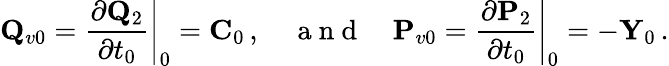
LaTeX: {\mathbf Q}_{v0}=\left.\frac{\partial{\mathbf Q}_{2}}{\partial t_{0}}\right|_{0}={\mathbf C}_{0}\, ,\quad\mathrm{~a~n~d~}\quad{\mathbf P}_{v0}=\left.\frac{\partial{\mathbf P}_{2}}{\partial t_{0}}\right|_{0}=-{\mathbf Y}_{0}\, .